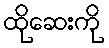
ထိုဆေးကို